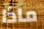
ماذا